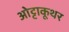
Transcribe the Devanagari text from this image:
ओट्टाकूथर